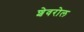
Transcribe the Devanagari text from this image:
शेवरोल